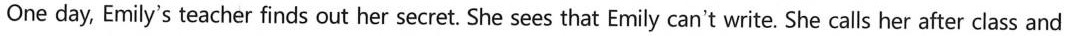
One day, Emily's teacher finds out her secret. She sees that Emily can't write. She calls her after class and